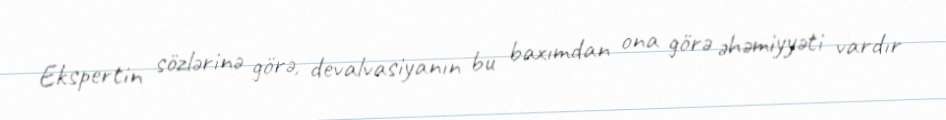
Ekspertin sözlərinə görə, devalvasiyanın bu baxımdan ona görə əhəmiyyəti vardır